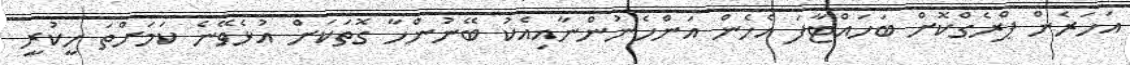
އަހަރެން ޕްރެގްކޮށް ބަހައްޓާފަ އެހެން އަންހެނުންނާއިއެކު ބޭނުންހާ ގޮތަކަށް އުޅެވޭނެ ކަމަށްތަ ހީކުރީ